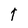
Character: t